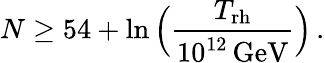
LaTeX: N\geq 54+\ln\Big({\frac{T_{\mathrm{rh}}}{10^{12}\, \mathrm{GeV}}}\Big)\, .